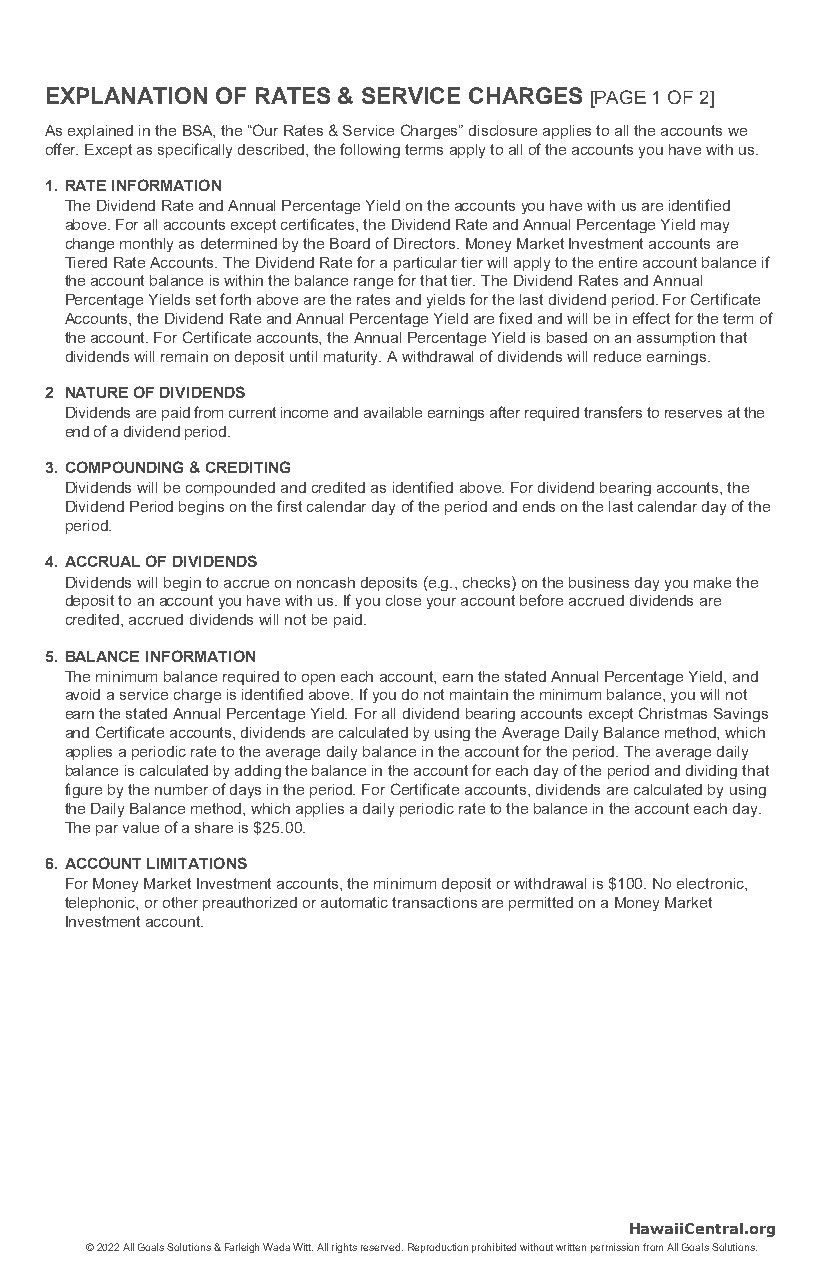
EXPLANATION OF RATES & SERVICE CHARGES [PAGE 1 OF 2]
 As explained in the BSA, the “Our Rates & Service Charges” disclosure applies to all the accounts we
 offer. Except as specifically described, the following terms apply to all of the accounts you have with us.
 1. RATE INFORMATION
 The Dividend Rate and Annual Percentage Yield on the accounts you have with us are identified
 above. For all accounts except certificates, the Dividend Rate and Annual Percentage Yield may
 change monthly as determined by the Board of Directors. Money Market Investment accounts are
 Tiered Rate Accounts. The Dividend Rate for a particular tier will apply to the entire account balance if
 the account balance is within the balance range for that tier. The Dividend Rates and Annual
 Percentage Yields set forth above are the rates and yields for the last dividend period. For Certificate
 Accounts, the Dividend Rate and Annual Percentage Yield are fixed and will be in effect for the term of
 the account. For Certificate accounts, the Annual Percentage Yield is based on an assumption that
 dividends will remain on deposit until maturity. A withdrawal of dividends will reduce earnings.
 2 NATURE OF DIVIDENDS
 Dividends are paid from current income and available earnings after required transfers to reserves at the
 end of a dividend period.
 3. COMPOUNDING & CREDITING
 Dividends will be compounded and credited as identified above. For dividend bearing accounts, the
 Dividend Period begins on the first calendar day of the period and ends on the last calendar day of the
 period.
 4. ACCRUAL OF DIVIDENDS
 Dividends will begin to accrue on noncash deposits (e.g., checks) on the business day you make the
 deposit to an account you have with us. If you close your account before accrued dividends are
 credited, accrued dividends will not be paid.
 5. BALANCE INFORMATION
 The minimum balance required to open each account, earn the stated Annual Percentage Yield, and
 avoid a service charge is identified above. If you do not maintain the minimum balance, you will not
 earn the stated Annual Percentage Yield. For all dividend bearing accounts except Christmas Savings
 and Certificate accounts, dividends are calculated by using the Average Daily Balance method, which
 applies a periodic rate to the average daily balance in the account for the period. The average daily
 balance is calculated by adding the balance in the account for each day of the period and dividing that
 figure by the number of days in the period. For Certificate accounts, dividends are calculated by using
 the Daily Balance method, which applies a daily periodic rate to the balance in the account each day.
 The par value of a share is $25.00.
 6. ACCOUNT LIMITATIONS
 For Money Market Investment accounts, the minimum deposit or withdrawal is $100. No electronic,
 telephonic, or other preauthorized or automatic transactions are permitted on a Money Market
 Investment account.
 HawaiiCentral.org
 © 2022 All Goals Solutions & Farleigh Wada Witt. All rights reserved. Reproduction prohibited without written permission from All Goals Solutions.